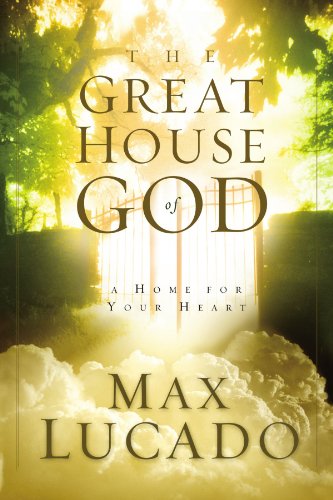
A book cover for The Great House of God; Max Lucado; Christian Books & Bibles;